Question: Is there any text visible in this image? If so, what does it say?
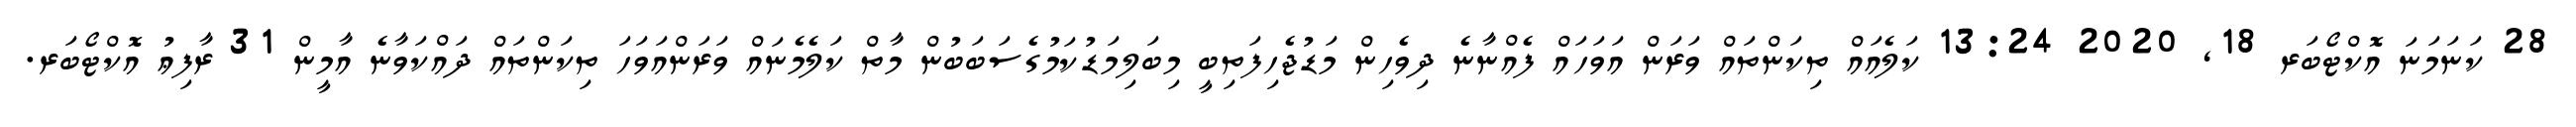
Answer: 28 ކަނަމަނަ އޮކްޓޯބަރ 18, 2020 13:24 ކަލެއައް ތިކަންތައް ވަރަން އަވަހައް ފެއްނާނެ ދިވެހިން މަޑުޖެހިފަތިބީ މިބަލިމަޑުކަމުގެސަބަބުން މާތް ކަލެމެނައް ވަރަންއަވަހަ ތިކަންތައް ދައްކަވާނެ އާމީން 31 ރާފިޢު އޮކްޓޯބަރ.